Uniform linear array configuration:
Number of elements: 8
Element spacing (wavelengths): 0.5
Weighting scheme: hamming
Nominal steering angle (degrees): -60
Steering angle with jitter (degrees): -58.665
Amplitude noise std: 0.05
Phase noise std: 0.05

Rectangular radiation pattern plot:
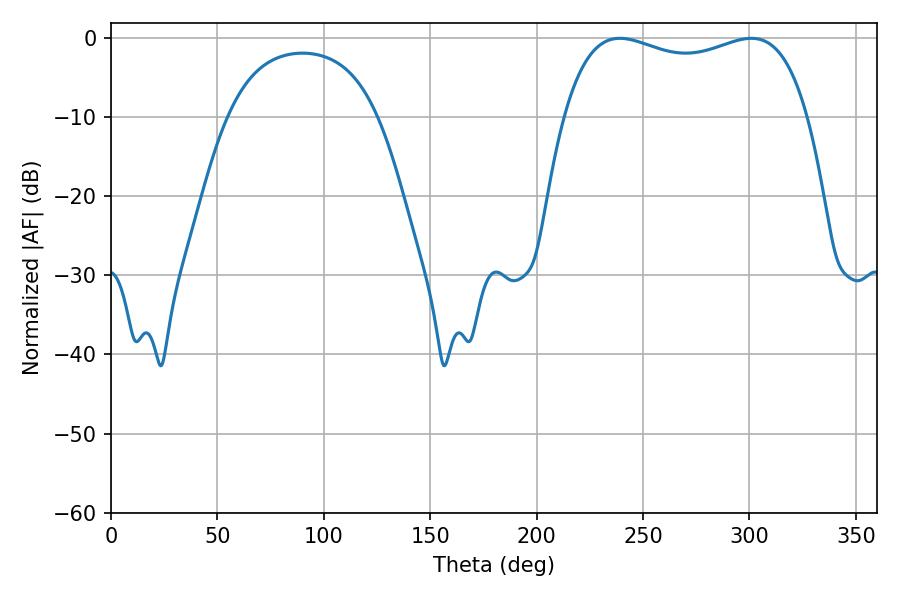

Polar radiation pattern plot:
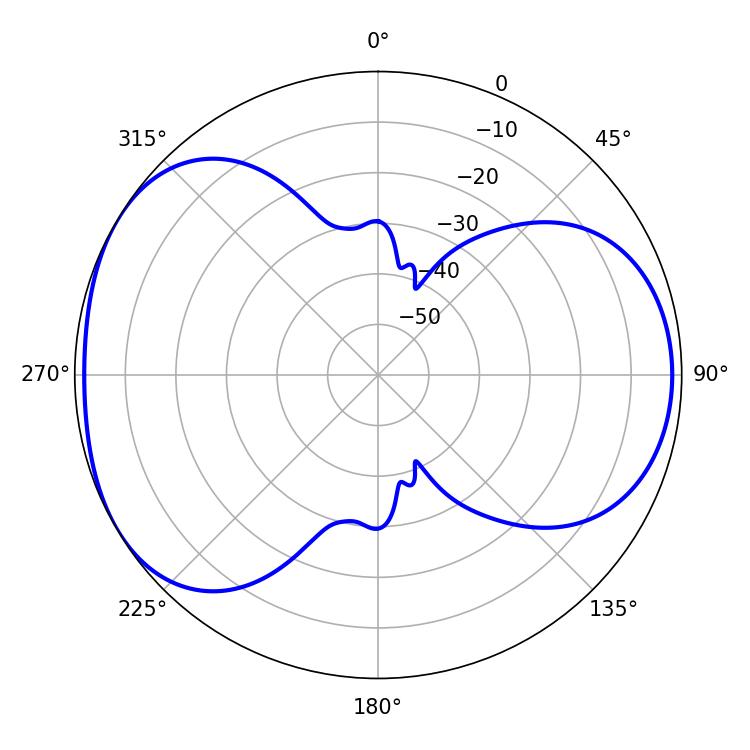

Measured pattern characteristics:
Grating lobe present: FALSE
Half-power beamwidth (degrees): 93.96
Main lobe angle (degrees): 300.96